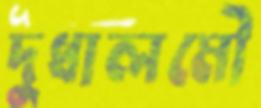
দুধালমৌ